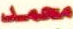
محمد